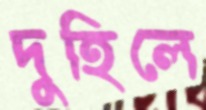
দুহিলে